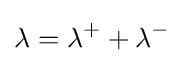
\lambda =\lambda ^{+}+\lambda ^{-}